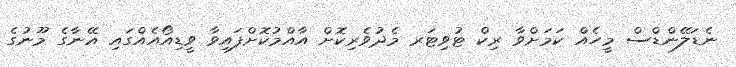
ނެޑަލޭންޑްސް މީހެއް ކަމަށްވާ ރިކް ޓުވިޓަރ މެދުވެރިކޮށް އާއްމުކޮށްފައިވާ ވީޑިއޯއެއްގައި އޭނާގެ މޫނުގެ